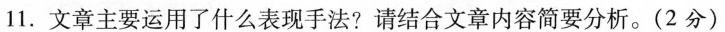
文章主要运用了什么表现法：请结合文章内容简要分析。( 2 分 )